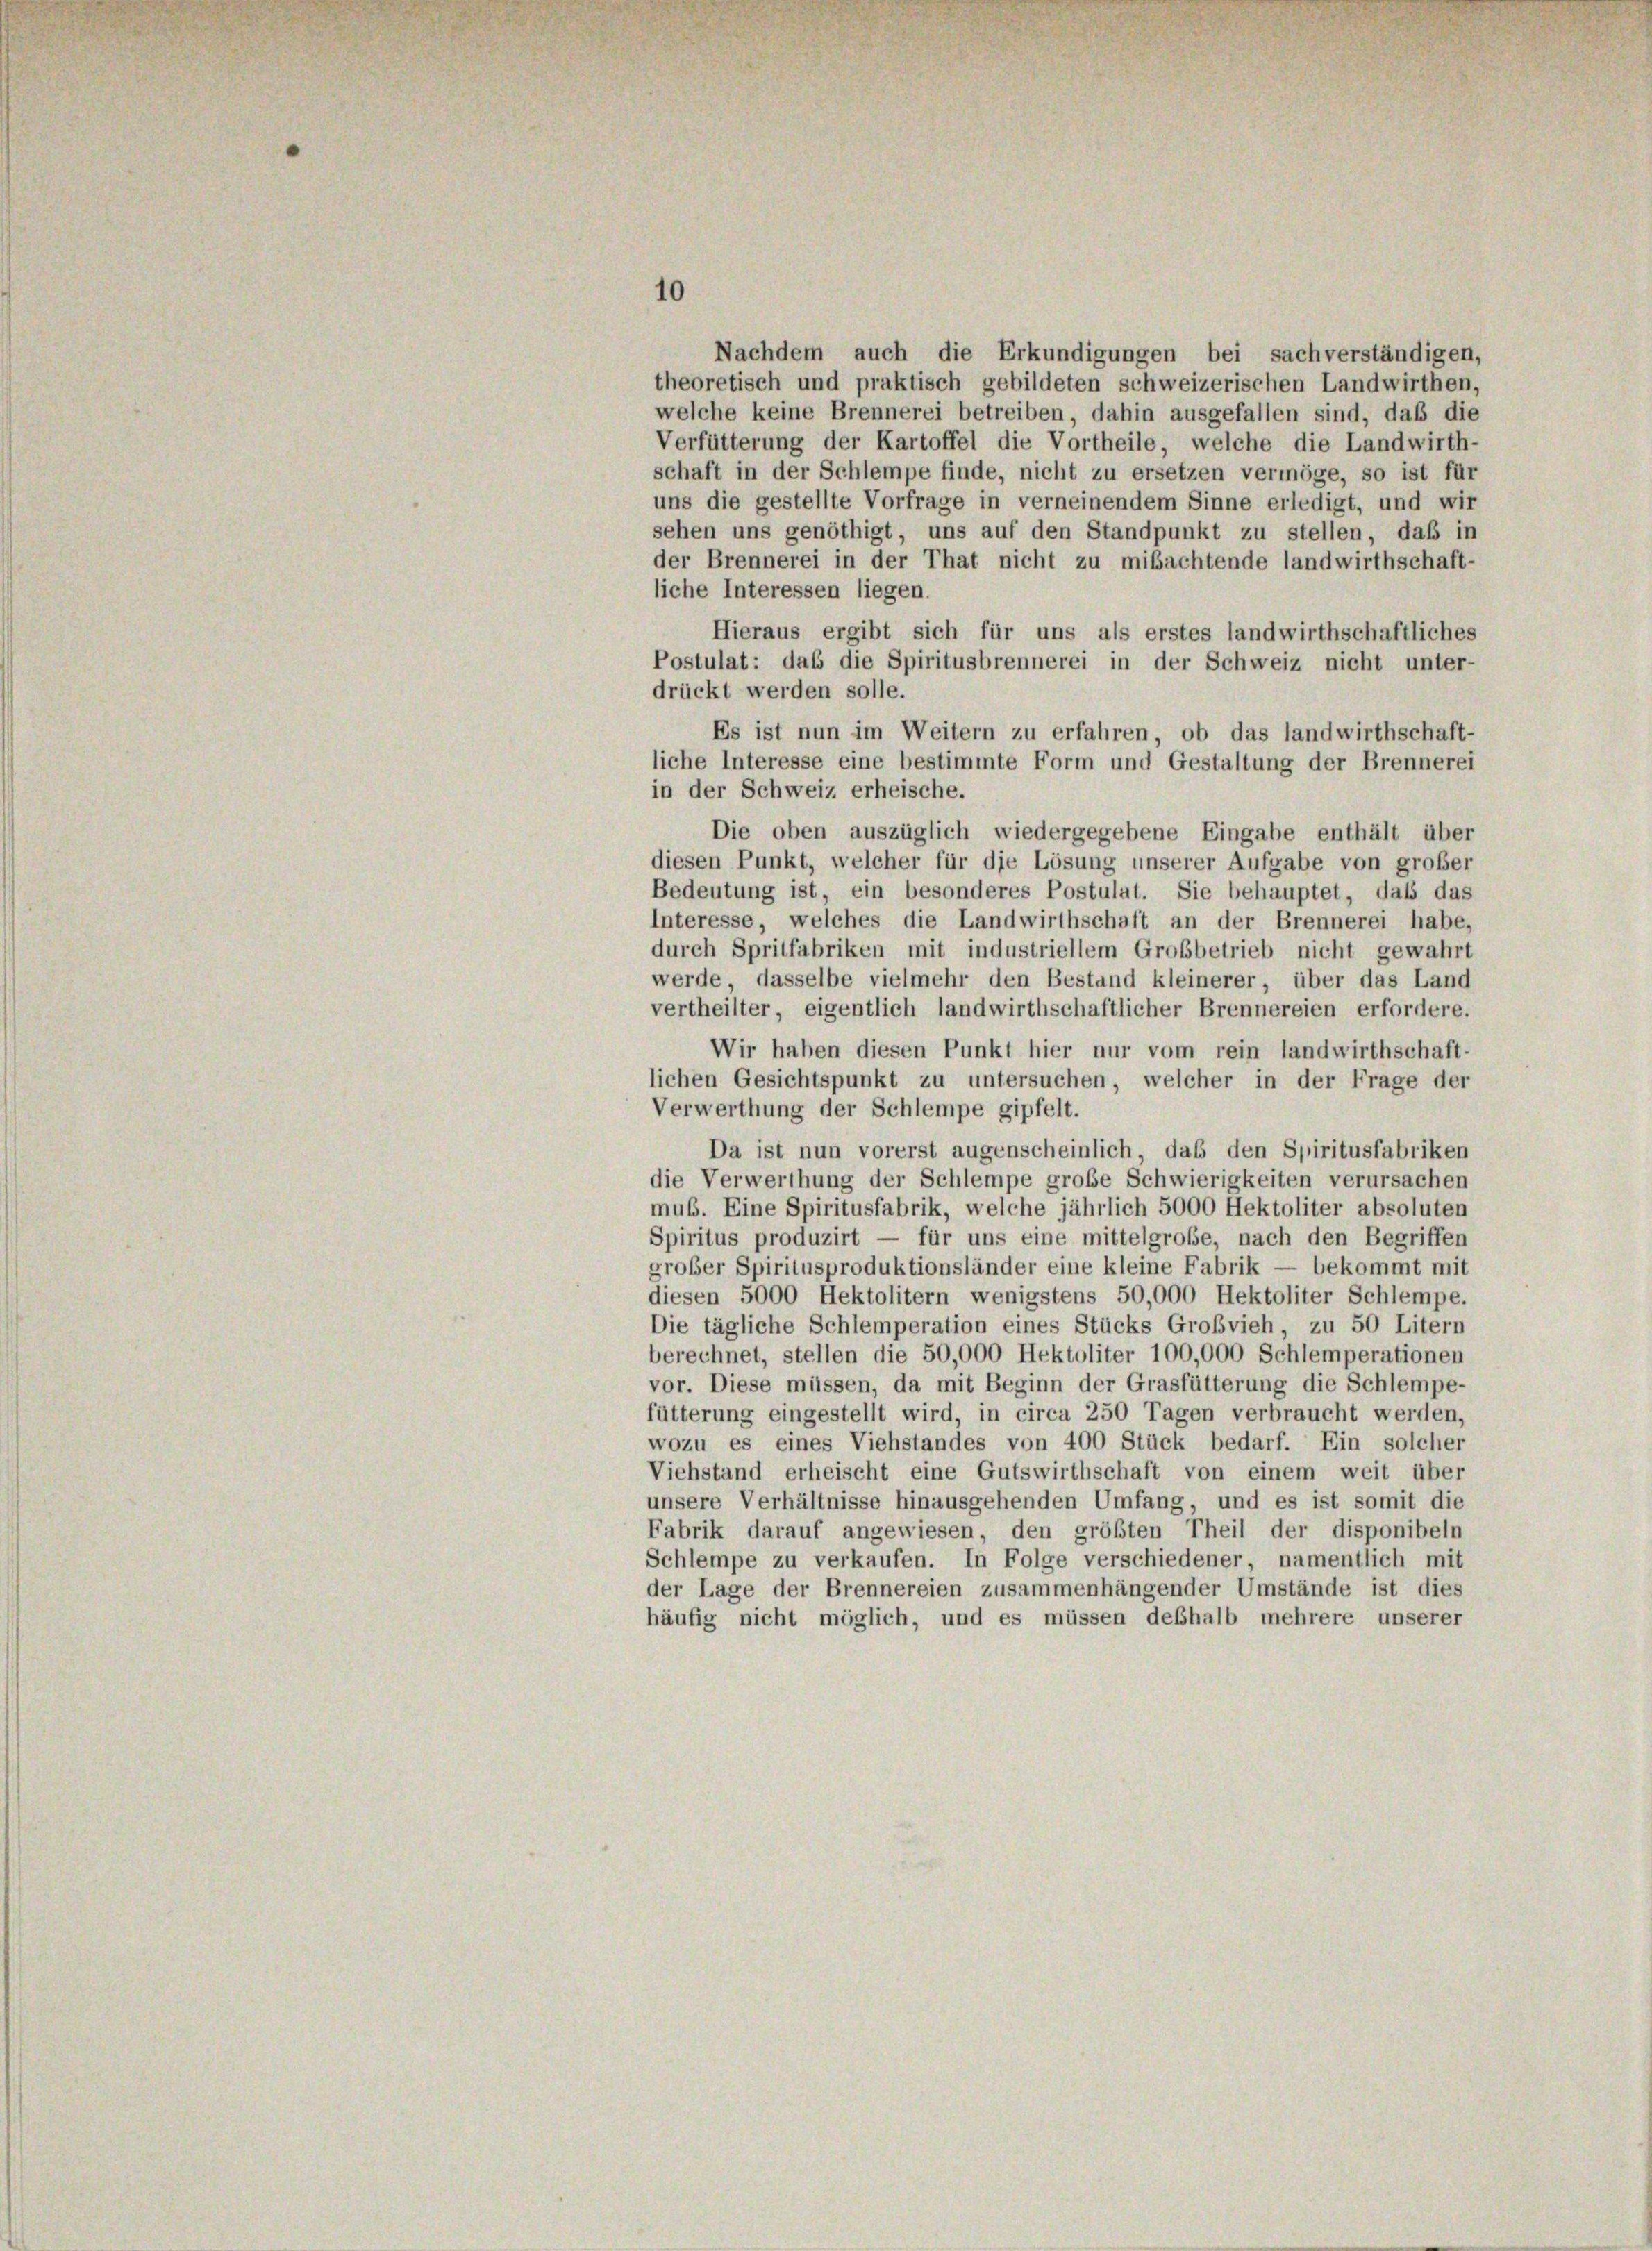
der Brennerei in der That nicht zu mißachtende landwirthschaft-
liche Interessen liegen.
Hieraus ergibt sich für uns als erstes landwirthschaftliches
Postulat: daß die Spiritusbrennerei in der Schweiz nicht unter-
drückt werden solle.
Es ist nun im Weitern zu erfahren, ob das landwirthschaft-
liche Interesse eine bestimmte Form und Gestaltung der Brennerei
in der Schweiz erheische.
Die oben auszüglich wiedergegebene Eingabe enthält über
diesen Punkt, welcher für die Lösung unserer Aufgabe von großer
Bedeutung ist, ein besonderes Postulat. Sie behauptet, dass das
Interesse, welches die Landwirthschaft an der Brennerei habe,
durch Spritfabriken mit industriellem Großbetrieb nicht gewahrt
werde, dasselbe vielmehr den Bestand kleinerer, über das Land
vertheilter, eigentlich landwirthschaftlicher Brennereien erfordere.
Wir haben diesen Punkt hier nur vom rein landwirthschaft-
lichen Gesichtspunkt zu untersuchen, welcher in der Frage der
Verwerthung der Schlempe gipfelt.
Da ist nun vorerst augenscheinlich, das den Spiritusfabriken
die Verwerthung der Schlempe große Schwierigkeiten verursachen
mub. Eine Spiritusfabrik, welche jährlich 5000 Hektoliter absoluten
Spiritus produzirt — für uns eine mittelgroße, nach den Begriffen
großer Spiritusproduktionsländer eine kleine Fabrik — bekommt mit
diesen 5000 Hektolitern wenigstens 50,000 Hektoliter Schlempe.
Die tägliche Schlemperation eines Stücks Großvieh, zu 50 Litern
berechnet, stellen die 50,000 Hektoliter 100,000 Schlemperationen
vor. Diese müssen, da mit Beginn der Grasfütterung die Schlempe
fütterung eingestellt wird, in circa 250 Tagen verbraucht werden,
wozu es eines Viehstandes von 400 Stück bedarf. Ein solcher
Viehstand erheischt eine Gutswirthschaft von einem weit über
unsere Verhältnisse hinausgehenden Umfang, und es ist somit die
Fabrik darauf angewiesen, den größten Theil der disponibeln
Schlempe zu verkaufen. In Folge verschiedener, namentlich mit
der Lage der Brennereien zusammenhängender Umstände ist dies
häufig nicht möglich, und es müssen deßhalb mehrere unserer

Nachdem auch die Erkundigungen bei sachverständigen,
theoretisch und praktisch gebildeten schweizerischen Landwirthen,
welche keine Brennerei betreiben, dahin ausgefallen sind, daß die
Verfütterung der Kartoffel die Vortheile, welche die Landwirth-
schaft in der Schlempe finde, nicht zu ersetzen vermöge, so ist für
uns die gestellte Vorfrage in verneinendem Sinne erledigt, und wir
sehen uns genöthigt, uns auf den Standpunkt zu stellen, daß in

10